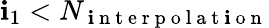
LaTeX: \mathbf{i}_{1}<N_{\mathrm{{~\mathbf{i}~n~t~e~r~p~o~l~a~t~\mathbf{i}~o~n~}}}